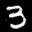
Label: 3